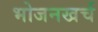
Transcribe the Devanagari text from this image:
भोजनखर्च